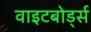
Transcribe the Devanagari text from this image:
वाइटबोर्ड्स